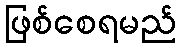
ဖြစ်စေရမည်